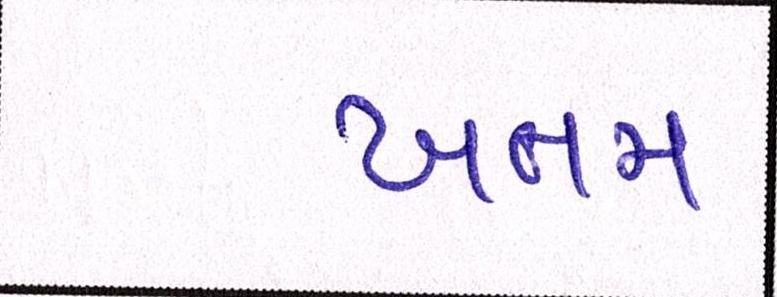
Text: ખતમ